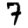
Digit: 7